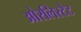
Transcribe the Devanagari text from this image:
ओरलिस्टेट